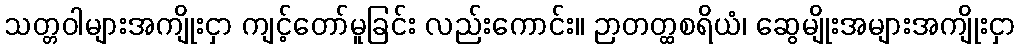
သတ္တဝါများအကျိုးငှာ ကျင့်တော်မူခြင်း လည်းကောင်း။ ဉာတတ္ထစရိယံ၊ ဆွေမျိုးအများအကျိုးငှာ